First report of the anti-malarial operations at Mian Mir, 1901-1903 - Number 6
Year: 1901
Disease focus: Malaria
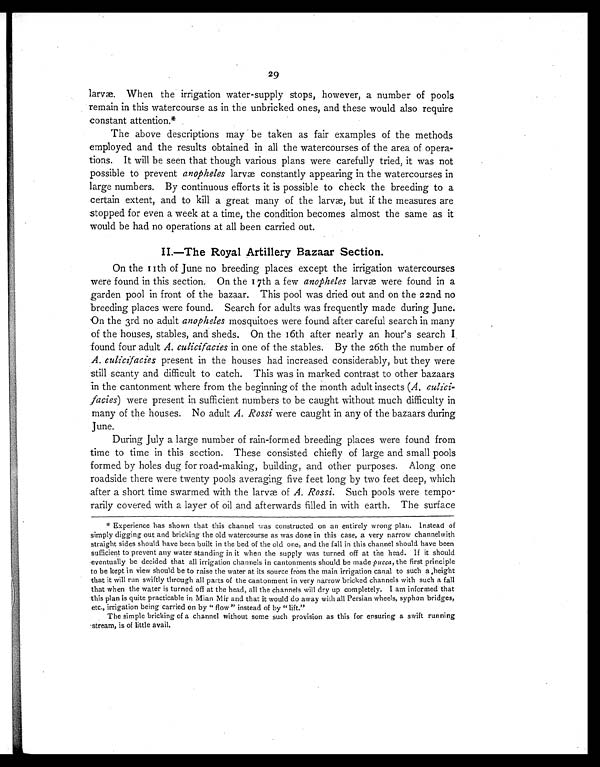
29
larvæ. When the irrigation water-supply stops, however, a number of pools
remain in this watercourse as in the unbricked ones, and these would also require
constant attention.*
The above descriptions may be taken as fair examples of the methods
employed and the results obtained in all the watercourses of the area of opera-
tions. It will be seen that though various plans were carefully tried, it was not
possible to prevent anopheles larvæ constantly appearing in the watercourses in
large numbers. By continuous efforts it is possible to check the breeding to a
certain extent, and to kill a great many of the larvæ, but if the measures are
stopped for even a week at a time, the condition becomes almost the same as it
would be had no operations at all been carried out.
II.—The Royal Artillery Bazaar Section.
On the 11th of June no breeding places except the irrigation watercourses
were found in this section. On the 17th a few anopheles larvæ were found in a
garden pool in front of the bazaar. This pool was dried out and on the 22nd no
breeding places were found. Search for adults was frequently made during June.
On the 3rd no adult anopheles mosquitoes were found after careful search in many
of the houses, stables, and sheds. On the 16th after nearly an hour's search I
found four adult A. culicifacies in one of the stables. By the 26th the number of
A. culicifacies present in the houses had increased considerably, but they were
still scanty and difficult to catch. This was in marked contrast to other bazaars
in the cantonment where from the beginning of the month adult insects (A.
culicifacies) were present in sufficient numbers to be caught without much difficulty in
many of the houses. No adult A. Rossi were caught in any of the bazaars during
June.
During July a large number of rain-formed breeding places were found from
time to time in this section. These consisted chiefly of large and small pools
formed by holes dug for road-making, building, and other purposes. Along one
roadside there were twenty pools averaging five feet long by two feet deep, which
after a short time swarmed with the larvæ of A. Rossi. Such pools were tempo-
rarily covered with a layer of oil and afterwards filled in with earth. The surface
* Experience has shown that this channel was constructed on an entirely wrong plan. Instead of
simply digging out and bricking the old watercourse as was done in this case, a very narrow channelwith
straight sides should have been built in the bed of the old one, and the fall in this channel should have been
sufficient to prevent any water standing in it when the supply was turned off at the head. If it should
eventually be decided that all irrigation channels in cantonments should be made pucca, the first principle
to be kept in view should be to raise the water at its source from the main irrigation canal to such a height
that it will run swiftly through all parts of the cantonment in very narrow bricked channels with such a fall
that when the water is turned off at the head, all the channels will dry up completely. I am informed that
this plan is quite practicable in Mian Mir and that it would do away with all Persian wheels, syphon bridges,
etc., irrigation being carried on by " flow" instead of by " lift."
The simple bricking of a channel without some such provision as this for ensuring a swift running
stream, is of little avail.